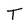
Character: T